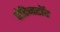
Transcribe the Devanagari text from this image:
हॉटेनटॉट